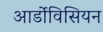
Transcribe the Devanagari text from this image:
आर्डोविसियन